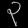
Digit: ၃